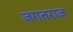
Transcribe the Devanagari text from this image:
जगतराज